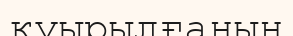
қуырылғанын